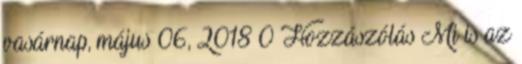
vasárnap, május 06, 2018 0 Hozzászólás Mi is az